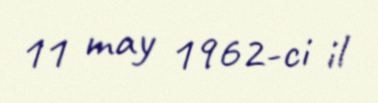
11 may 1962-ci il